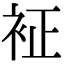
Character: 𧘿